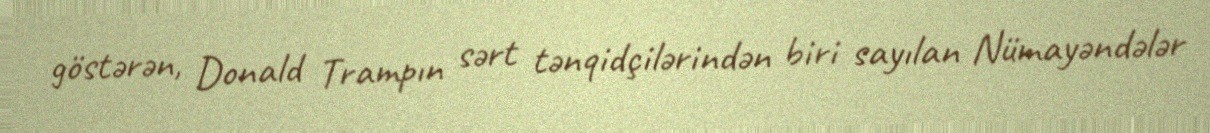
göstərən, Donald Trampın sərt tənqidçilərindən biri sayılan Nümayəndələr